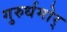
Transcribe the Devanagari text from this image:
गुरुर्धमोर्